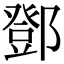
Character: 鄧